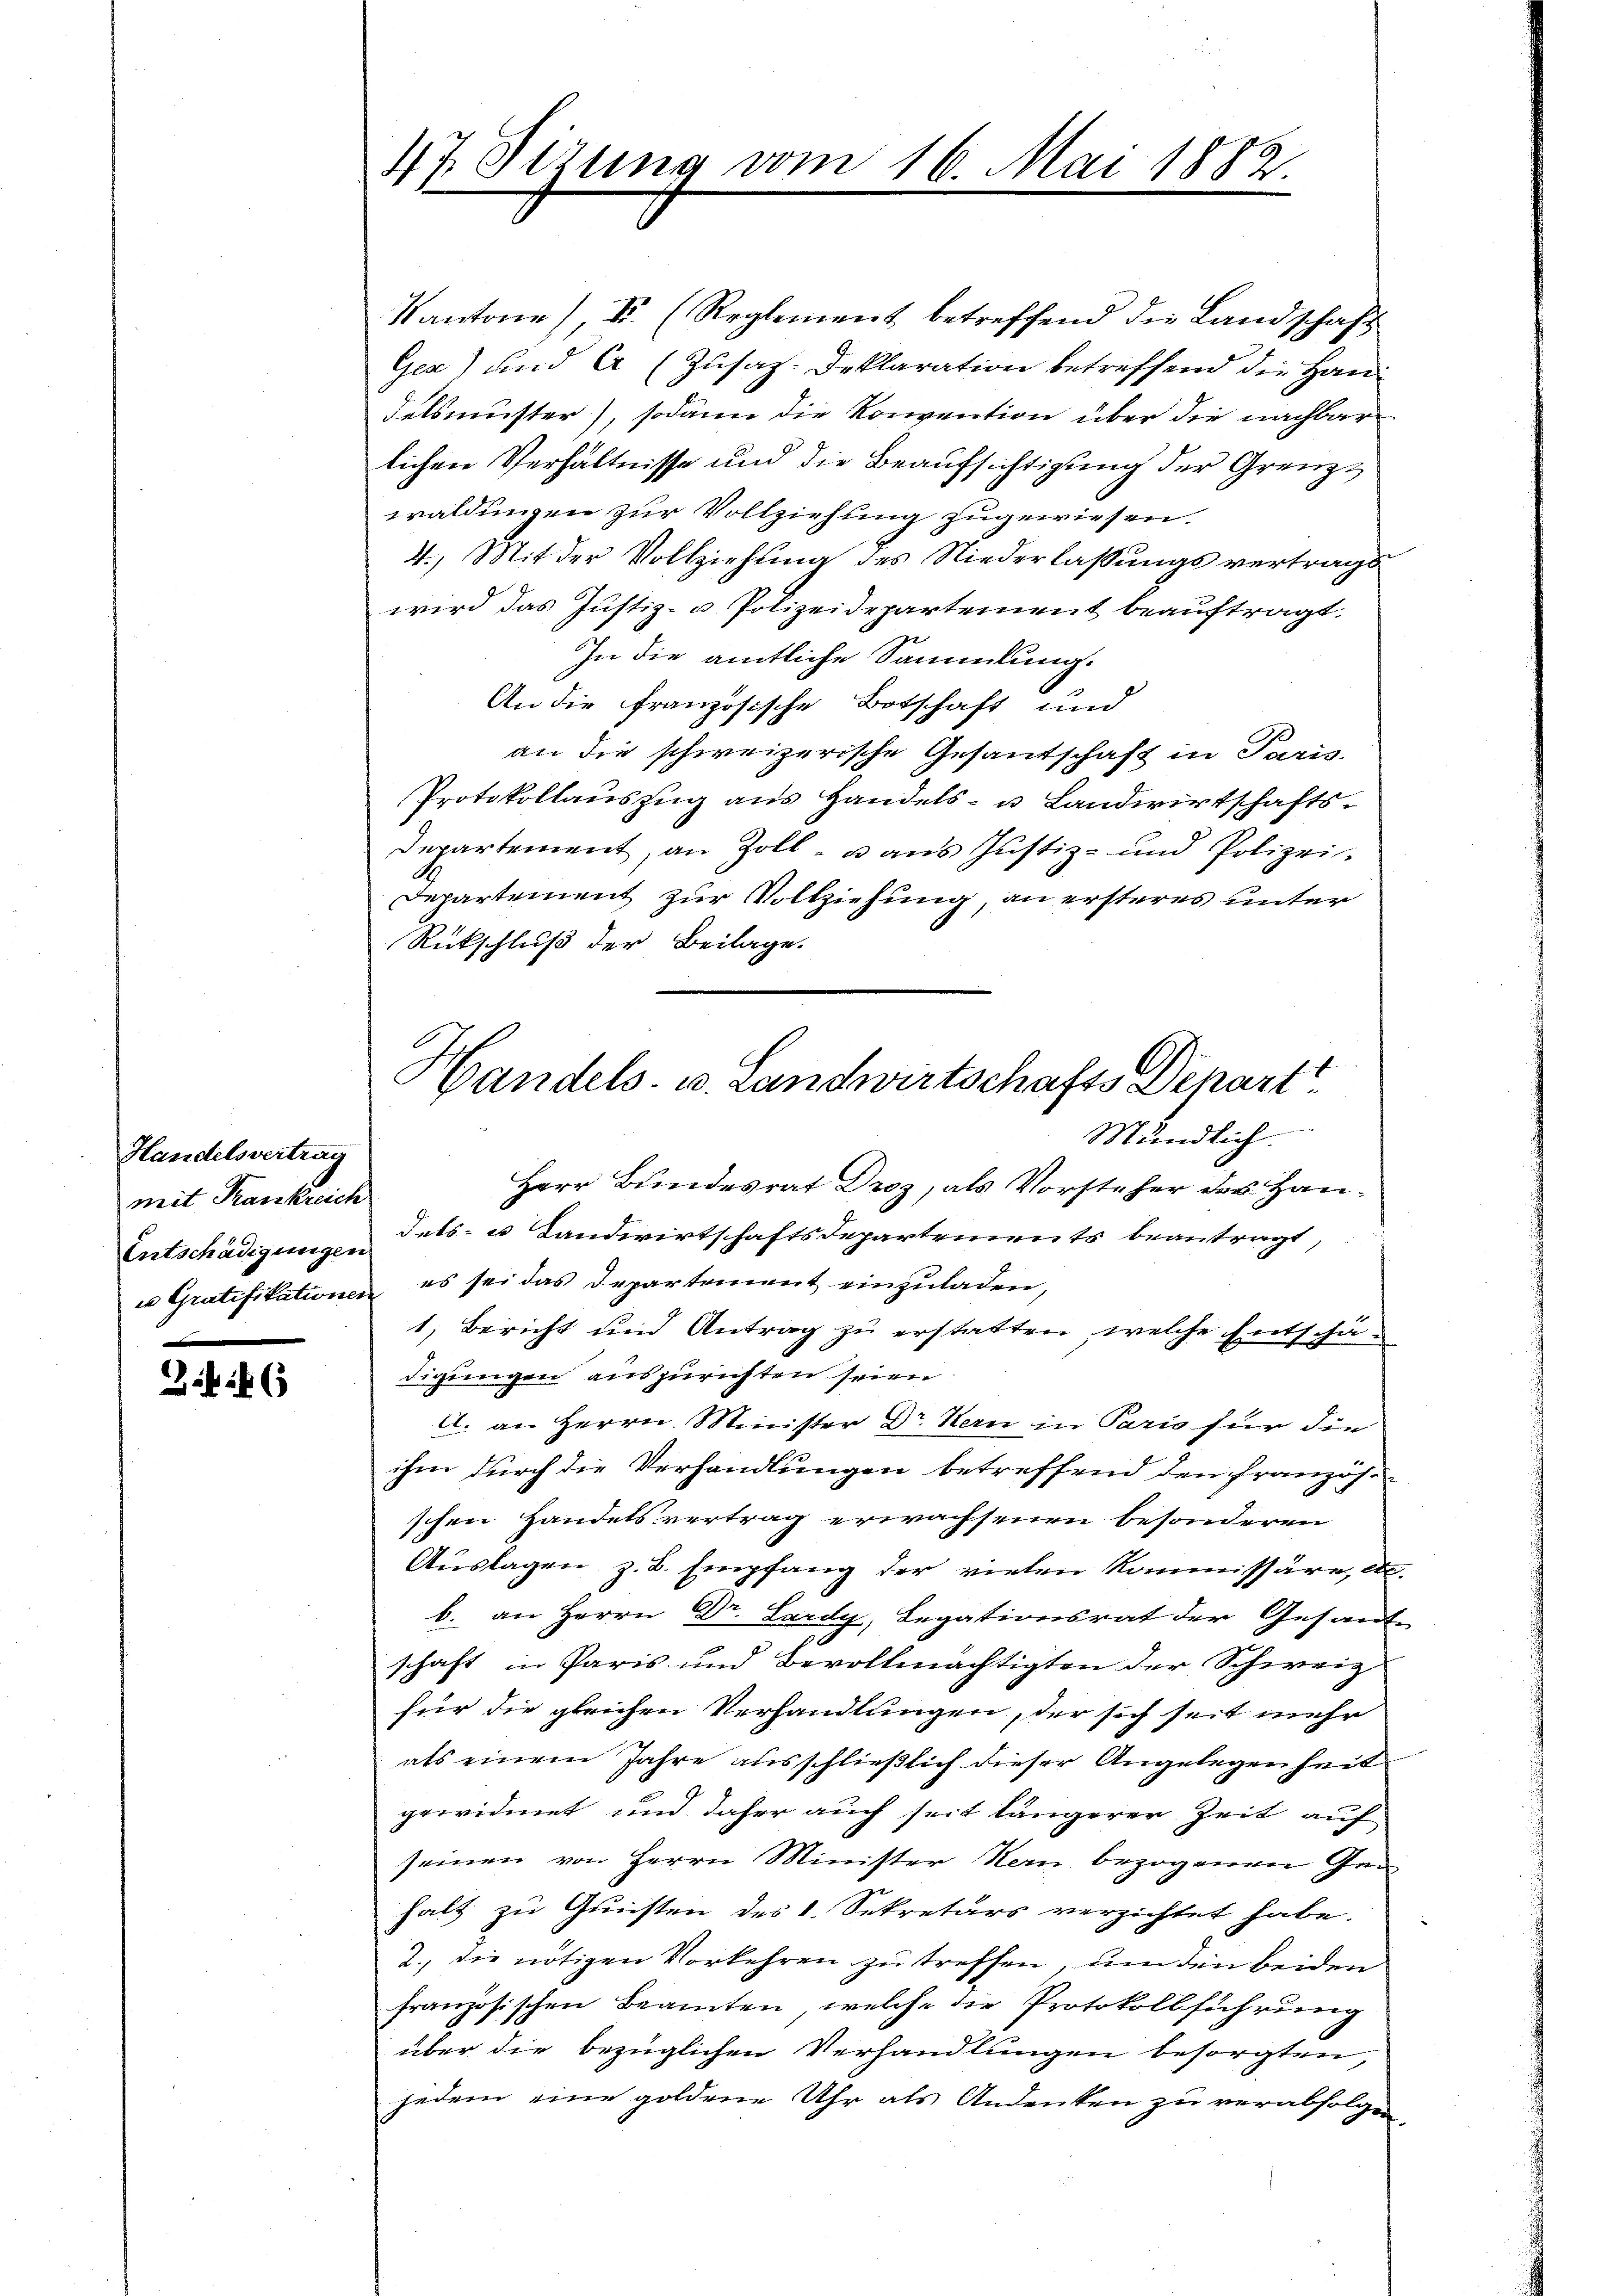
Handelsvertrag
mit Krankreich
Entschädigungen
in Gratifikationen

26

47 Sirung vom 16. Mai 1882.

Handels- u. Landwirtschafts Depart

Kantone Fr. (Reglement betreffend die Landschaft
Ger) und A (Zusat-Deklaration betreffend die Handelsmuster), sodann die Konvention über die nachbarlichen Verhältnisse und die Beaufsichtigung der Grenzwaldungen zur Vollziehung zugewiesen.
4.) Mit der Vollziehung des Niederlassungsvertrags
wird das Justiz- u Polizeidepartement beauftragt.
In die amtliche Sammlung.
An die französische Botschaft und
an die schweizerische Gesandschaft in Paris.
Protokollauszug aus Handels- u Landwirtschafts¬
Departement, an Zoll- u aus Justiz- und Polizei-
Departement zur Vollziehung, an ersteres unter
Rückschluß der Beilage.
Mündlich.
Herr Bundesrat Droz, als Vorsteher des Handets- u Landwirtschaftsdepartements beantragt,
es sei das Departement einzuladen,
1) Bericht und Antrag zu erstatten, welche Entschädigungen auszurichten seien.
A. an Herrn Minister Dr. Hern in Pario für die
ihm durch die Verhandlungen betreffend den französ.
schen Handelsvertrag erwachsenen besonderen
Auslagen z. B. Empfang der vielen Kommissäre, etc.
b. an Herrn Dr. Lardy, Legationsrat der Gesand-
schaft in Paris und Bevollmächtigten der Schweiz
für die gleichen Verhandlungen, der sich seit mehr
als einem Jahre ausschließlich dieser Angelegenheit
previdiret und daher auch seit längerer Zeit auf
seinen von Herrn Minister Hern bezogenen Gen
halt zu Gunsten des 1. Sekretärs verzichtet habe.
2., die nötigen Vorkehren zu treffen, um den beiden
französischen Beamten, welche die Protokollführung
über die bezüglichen Verhandlungen besorgten
jedem eine goldene Uhr als Andenken zu verabfolgen,